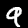
Label: 9